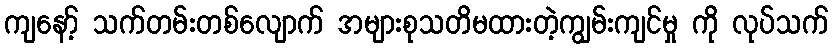
ကျနော့် သက်တမ်းတစ်လျောက် အများစုသတိမထားတဲ့ကျွမ်းကျင်မှု ကို လုပ်သက်